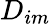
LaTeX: D_{im}